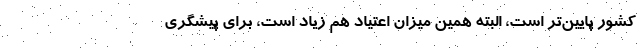
کشور پایین‌تر است، البته همین میزان اعتیاد هم زیاد است، برای پیشگری